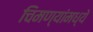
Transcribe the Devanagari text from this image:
चिमण्यांमध्ये